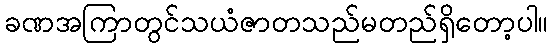
ခဏအကြာတွင်သယံဇာတသည်မတည်ရှိတော့ပါ။